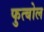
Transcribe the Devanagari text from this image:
फुत्बोल